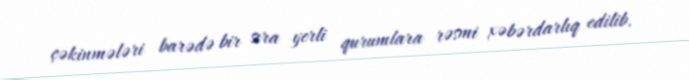
çəkinmələri barədə bir sıra yerli qurumlara rəsmi xəbərdarlıq edilib.